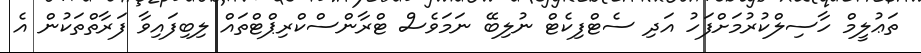
ތަޢުލީމް ހާސިލްކުރުމަށްފަހު އަދި ސެޓްފިކެޓް ނުލިބޭ ނަމަވެސް ޓްރާންސްކްރިޕްޓްތައް ލިބިފައިވާ ފަރާތްތަކުން އެ